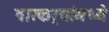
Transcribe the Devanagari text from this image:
वारकर्‍यांमध्ये